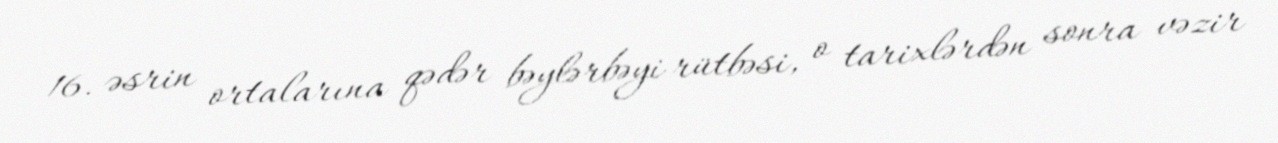
16. əsrin ortalarına qədər bəylərbəyi rütbəsi, o tarixlərdən sonra vəzir